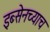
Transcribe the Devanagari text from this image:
इब्सेनच्याच